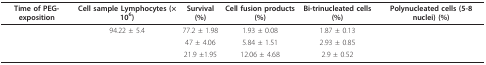
<table><thead><tr><td><b>Time of PEG-exposition</b></td><td><b>Cell sample Lymphocytes (× 10<sup>6</sup>)</b></td><td><b>Survival (%)</b></td><td><b>Cell fusion products (%)</b></td><td><b>Bi-trinucleated cells (%)</b></td><td><b>Polynucleated cells (5-8 nuclei) (%)</b></td></tr></thead><tbody><tr><td>[EMPTY_CELL]</td><td>94.22 ± 5.4</td><td>77.2 ± 1.98</td><td>1.93 ± 0.08</td><td>1.87 ± 0.13</td><td>[EMPTY_CELL]</td></tr><tr><td>[EMPTY_CELL]</td><td>[EMPTY_CELL]</td><td>47 ± 4.06</td><td>5.84 ± 1.51</td><td>2.93 ± 0.85</td><td>[EMPTY_CELL]</td></tr><tr><td>[EMPTY_CELL]</td><td>[EMPTY_CELL]</td><td>21.9 ±1.95</td><td>12.06 ± 4.68</td><td>2.9 ± 0.52</td><td>[EMPTY_CELL]</td></tr></tbody></table>